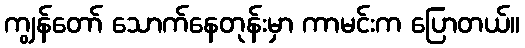
ကျွန်တော် သောက်နေတုန်းမှာ ကာမင်းက ပြောတယ်။